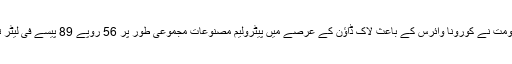
واضح رہے کہ حکومت نے کورونا وائرس کے باعث لاک ڈاؤن کے عرصے میں پیٹرولیم مصنوعات مجموعی طور پر 56 روپے 89 پیسے فی لیٹر تک سستی کی تھیں۔